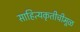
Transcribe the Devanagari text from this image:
साहित्यकृतीचीमूळ